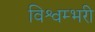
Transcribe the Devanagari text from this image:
विश्वम्भरी